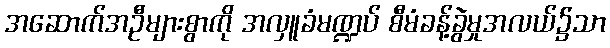
အဆောက်အဦများစွာကို အလှူခံမဏ္ဍပ် စီမံခန့်ခွဲမှုအလယ်၌သာ